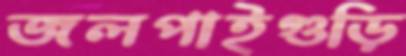
জলপাইগুড়ি